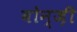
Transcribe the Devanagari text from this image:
बोन्ज़ी